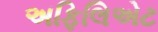
અફિલિએટ